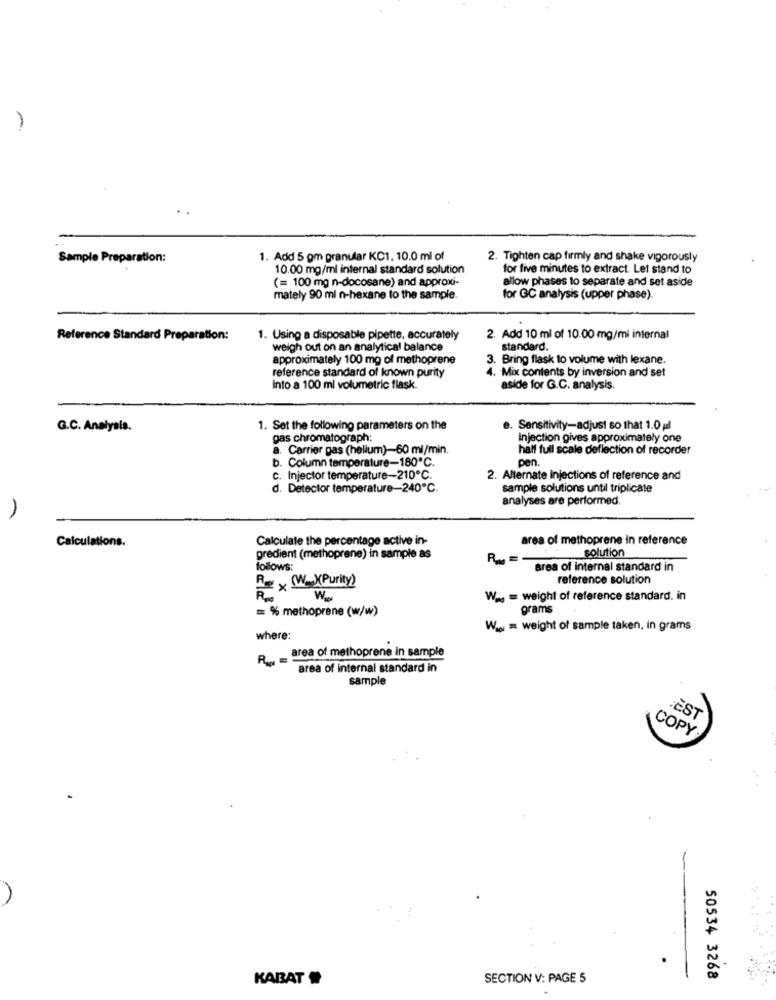
Sample Preparation:
1. Add 5 gm granular KC1. 10.0 ml of
2. Tighten cap firmly and shake vigorously
10.00 mg/ml internal standard solution
for five minutes to extract. Let stand to
(= 100 mg n-docosane) and approxi-
allow phases to separate and set aside
mately 90 ml n-hexane to the sample.
for GC analysis (upper phase).
Reference Standard Preparation:
1. Using a disposable pipette, accurately
2. Add 10 ml of 10.00 mg/mi internal
weigh out on an analytical balance
standard.
approximately 100 mg of methoprene
3. Bring flask to volume with lexane.
reference standard of known purity
4. Mix contents by inversion and set
Into a 100 ml volumetric flask.
aside for G.C. analysis.
G.C. Analysis.
1. Set the following parameters on the
Sensitivity-adjust so that 1.0 pl
gas chromatograph:
injection gives approximately one
a. Carrier gas (helium)-60 ml/min.
half full scale deflection of recorder
b. Column temperature-180℃.
pen.
C. Injector temperature-210℃.
2. Alternate injections of reference and
d. Detector temperature-240℃.
sample solutions until triplicate
analyses are performed.
A
Calculations.
Calculate the percentage active in-
area of methoprene in reference
solution
gredient (methoprene) in sample as
R ==
follows:
area of internal standard in
Rex W XPurity)
reference solution
Wag = weight of reference standard. in
= % methoprene (w/w)
grams
Wig = weight of sample taken, in grams
where:
R __ _ area of methoprene in sample
area of internal standard in
sample
FEST
COPY
. ....
KABAT
SECTION V: PAGE 5
50534 3268